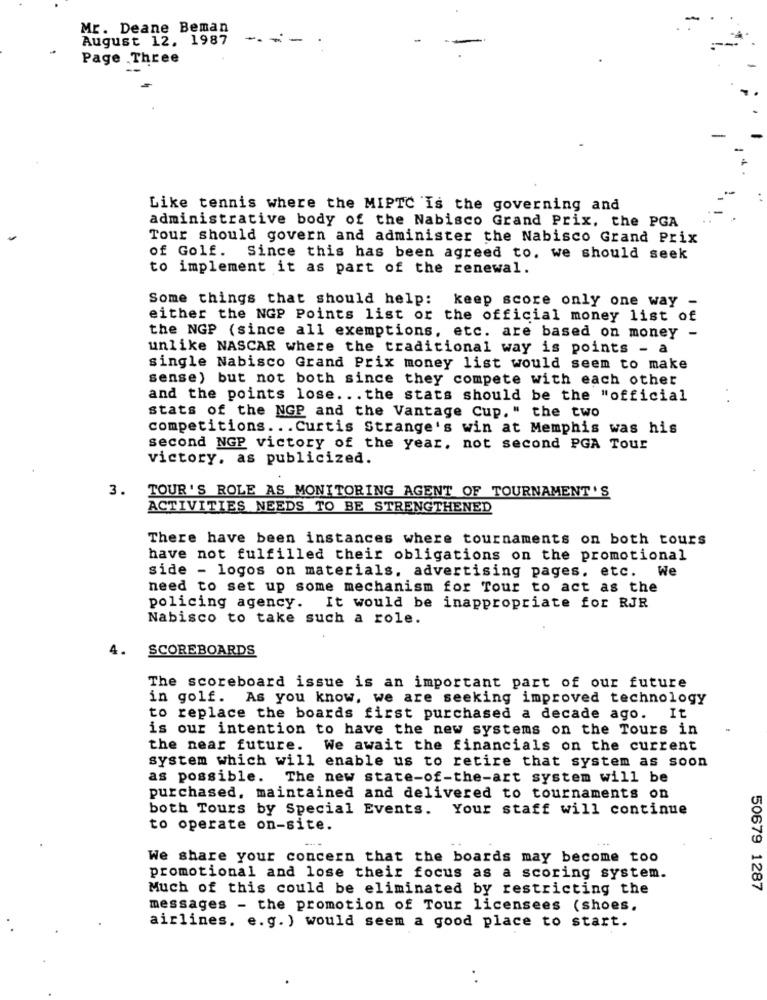
Mr. Deane Beman
August 12. 1987
-
Page Three
Like tennis where the MIPTC Is the governing and
administrative body of the Nabisco Grand Prix, the PGA
Tour should govern and administer the Nabisco Grand Prix
of Golf. Since this has been agreed to. we should seek
to implement it as part of the renewal.
Some things that should help: keep score only one way -
either the NGP Points list or the official money list of
the NGP (since all exemptions, etc. are based on money -
unlike NASCAR where the traditional way is points - a
single Nabisco Grand Prix money list would seem to make
sense) but not both since they compete with each other
and the points lose ... the stats should be the "official
stats of the NGP and the Vantage Cup. " the two
competitions ... Curtis Strange's win at Memphis was his
second NGP victory of the year, not second PGA Tour
victory. as publicized.
3. TOUR'S ROLE AS MONITORING AGENT OF TOURNAMENT'S
ACTIVITIES NEEDS TO BE STRENGTHENED
There have been instances where tournaments on both tours
have not fulfilled their obligations on the promotional
side - logos on materials, advertising pages, etc. We
need to set up some mechanism for Tour to act as the
policing agency.
It would be inappropriate for RJR
Nabisco to take such a role.
4.
SCOREBOARDS
The scoreboard issue is an important part of our future
in golf. As you know, we are seeking improved technology
to replace the boards first purchased a decade ago. It
is our intention to have the new systems on the Tours in
the near future. We await the financials on the current
system which will enable us to retire that system as soon
as possible. The new state-of-the-art system will be
purchased, maintained and delivered to tournaments on
both Tours by Special Events. Your staff will continue
to operate on-site.
We share your concern that the boards may become too
promotional and lose their focus as a scoring system.
Much of this could be eliminated by restricting the
50679 1287
messages - the promotion of Tour licensees (shoes.
airlines. e.g. ) would seem a good place to start.
. .